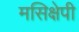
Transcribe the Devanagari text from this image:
मसिक्षेपी